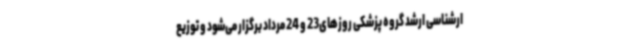
ارشناسی ارشد گروه پزشکی روزهای23 و 24 مرداد برگزار می‌شود و توزیع